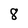
Character: 8